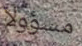
مسؤولا